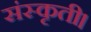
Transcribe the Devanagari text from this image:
संस्कृती।